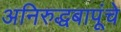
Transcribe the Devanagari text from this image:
अनिरुद्धबापूंचे